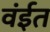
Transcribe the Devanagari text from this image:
वंईत